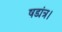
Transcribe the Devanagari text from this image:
षड्यंत्र।